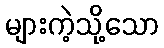
များကဲ့သို့သော